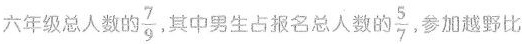
六年级总人数的\frac{7}{9}，其中男生占报名总人数的\frac{5}{7}，参加越野比